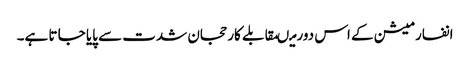
انفارمیشن کے اس دورمیںمقابلے کارحجان شدت سے پایا جا تا ہے۔